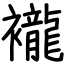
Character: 襱